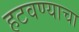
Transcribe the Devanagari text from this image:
हटवण्याचा